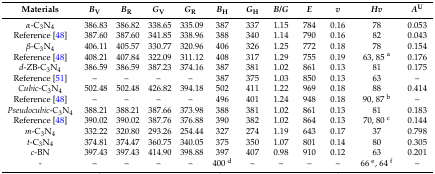
<table><thead><tr><td><b>Materials</b></td><td><b><i>B</i><sub>V</sub></b></td><td><b><i>B</i><sub>R</sub></b></td><td><b><i>G</i><sub>V</sub></b></td><td><b><i>G</i><sub>R</sub></b></td><td><b><i>B</i><sub>H</sub></b></td><td><b><i>G</i><sub>H</sub></b></td><td><b><i>B</i>/<i>G</i></b></td><td><b><i>E</i></b></td><td><b><i>v</i></b></td><td><b><i>Hv</i></b></td><td><b><i>A</i><sup>U</sup></b></td></tr></thead><tbody><tr><td><i>α</i>-C<sub>3</sub>N<sub>4</sub></td><td>386.83</td><td>386.82</td><td>338.65</td><td>335.09</td><td>387</td><td>337</td><td>1.15</td><td>784</td><td>0.16</td><td>78</td><td>0.053</td></tr><tr><td>Reference [48]</td><td>387.60</td><td>387.60</td><td>341.85</td><td>338.96</td><td>388</td><td>340</td><td>1.14</td><td>790</td><td>0.16</td><td>82</td><td>0.043</td></tr><tr><td><i>β</i>-C<sub>3</sub>N<sub>4</sub></td><td>406.11</td><td>405.57</td><td>330.77</td><td>320.96</td><td>406</td><td>326</td><td>1.25</td><td>772</td><td>0.18</td><td>78</td><td>0.154</td></tr><tr><td>Reference [48]</td><td>408.21</td><td>407.84</td><td>322.09</td><td>311.12</td><td>408</td><td>317</td><td>1.29</td><td>755</td><td>0.19</td><td>63, 85 <sup>a</sup></td><td>0.176</td></tr><tr><td><i>d</i>-ZB-C<sub>3</sub>N<sub>4</sub></td><td>386.59</td><td>386.59</td><td>387.23</td><td>374.16</td><td>387</td><td>381</td><td>1.02</td><td>861</td><td>0.13</td><td>81</td><td>0.175</td></tr><tr><td>Reference [51]</td><td>–</td><td>–</td><td>–</td><td>–</td><td>387</td><td>375</td><td>1.03</td><td>850</td><td>0.13</td><td>63</td><td>–</td></tr><tr><td><i>Cubic</i>-C<sub>3</sub>N<sub>4</sub></td><td>502.48</td><td>502.48</td><td>426.82</td><td>394.18</td><td>502</td><td>411</td><td>1.22</td><td>969</td><td>0.18</td><td>88</td><td>0.414</td></tr><tr><td>Reference [48]</td><td>–</td><td>–</td><td>–</td><td>–</td><td>496</td><td>401</td><td>1.24</td><td>948</td><td>0.18</td><td>90, 87 <sup>b</sup></td><td>–</td></tr><tr><td><i>Pseudocubic</i>-C<sub>3</sub>N<sub>4</sub></td><td>388.21</td><td>388.21</td><td>387.66</td><td>373.98</td><td>388</td><td>381</td><td>1.02</td><td>861</td><td>0.13</td><td>81</td><td>0.183</td></tr><tr><td>Reference [48]</td><td>390.02</td><td>390.02</td><td>387.76</td><td>376.88</td><td>390</td><td>382</td><td>1.02</td><td>864</td><td>0.13</td><td>70, 80 <sup>c</sup></td><td>0.144</td></tr><tr><td><i>m</i>-C<sub>3</sub>N<sub>4</sub></td><td>332.22</td><td>320.80</td><td>293.26</td><td>254.44</td><td>327</td><td>274</td><td>1.19</td><td>643</td><td>0.17</td><td>37</td><td>0.798</td></tr><tr><td><i>t</i>-C<sub>3</sub>N<sub>4</sub></td><td>374.81</td><td>374.47</td><td>360.75</td><td>340.05</td><td>375</td><td>350</td><td>1.07</td><td>801</td><td>0.14</td><td>80</td><td>0.305</td></tr><tr><td><i>c</i>-BN</td><td>397.43</td><td>397.43</td><td>414.90</td><td>398.88</td><td>397</td><td>407</td><td>0.98</td><td>910</td><td>0.12</td><td>63</td><td>0.201</td></tr><tr><td>-</td><td>–</td><td>–</td><td>–</td><td>–</td><td>400 <sup>d</sup></td><td>–</td><td>–</td><td>–</td><td>–</td><td>66 <sup>e</sup>, 64 <sup>f</sup></td><td>–</td></tr></tbody></table>